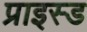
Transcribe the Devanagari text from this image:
प्राइस्ड